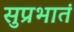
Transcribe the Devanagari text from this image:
सुप्रभातं